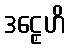
ဒဠှေဟိ